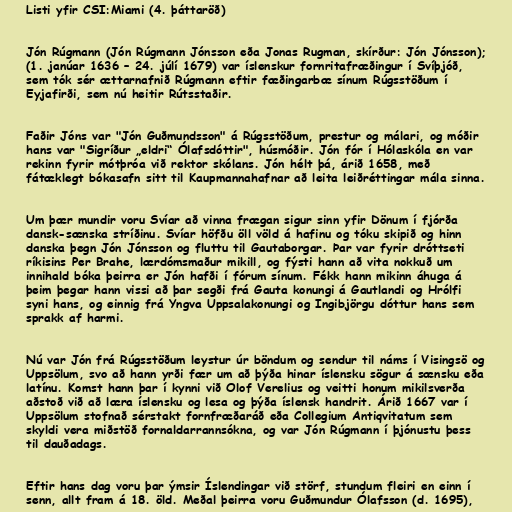
Listi yfir CSI:Miami (4. þáttaröð)

Jón Rúgmann (Jón Rúgmann Jónsson eða Jonas Rugman, skírður: Jón Jónsson);
(1. janúar 1636 – 24. júlí 1679) var íslenskur fornritafræðingur í Svíþjóð,
sem tók sér ættarnafnið Rúgmann eftir fæðingarbæ sínum Rúgsstöðum í
Eyjafirði, sem nú heitir Rútsstaðir.

Faðir Jóns var "Jón Guðmundsson" á Rúgsstöðum, prestur og málari, og móðir
hans var "Sigríður „eldri“ Ólafsdóttir", húsmóðir. Jón fór í Hólaskóla en var
rekinn fyrir mótþróa við rektor skólans. Jón hélt þá, árið 1658, með
fátæklegt bókasafn sitt til Kaupmannahafnar að leita leiðréttingar mála sinna.

Um þær mundir voru Svíar að vinna frægan sigur sinn yfir Dönum í fjórða
dansk-sænska stríðinu. Svíar höfðu öll völd á hafinu og tóku skipið og hinn
danska þegn Jón Jónsson og fluttu til Gautaborgar. Þar var fyrir dróttseti
ríkisins Per Brahe, lærdómsmaður mikill, og fýsti hann að vita nokkuð um
innihald bóka þeirra er Jón hafði í fórum sínum. Fékk hann mikinn áhuga á
þeim þegar hann vissi að þar segði frá Gauta konungi á Gautlandi og Hrólfi
syni hans, og einnig frá Yngva Uppsalakonungi og Ingibjörgu dóttur hans sem
sprakk af harmi.

Nú var Jón frá Rúgsstöðum leystur úr böndum og sendur til náms í Visingsö og
Uppsölum, svo að hann yrði fær um að þýða hinar íslensku sögur á sænsku eða
latínu. Komst hann þar í kynni við Olof Verelius og veitti honum mikilsverða
aðstoð við að læra íslensku og lesa og þýða íslensk handrit. Árið 1667 var í
Uppsölum stofnað sérstakt fornfræðaráð eða Collegium Antiqvitatum sem
skyldi vera miðstöð fornaldarrannsókna, og var Jón Rúgmann í þjónustu þess
til dauðadags.

Eftir hans dag voru þar ýmsir Íslendingar við störf, stundum fleiri en einn í
senn, allt fram á 18. öld. Meðal þeirra voru Guðmundur Ólafsson (d. 1695),